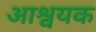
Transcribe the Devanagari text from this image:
आश्वयक